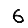
Digit: 6